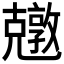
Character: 𠓎